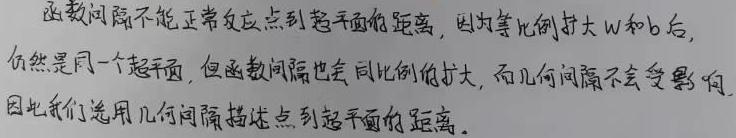
函数间隔不能正常反应点到超平面的距离，因为等比例扩大$W$和$b$后，仍然是同一个超平面，但函数间隔也会同比例的扩大，而几何间隔不会受影响，因此我们选用几何间隔描述点到超平面的距离。